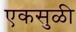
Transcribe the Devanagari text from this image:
एकसुळी